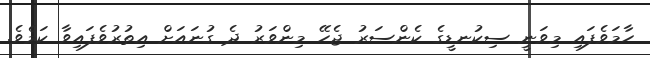
ހާމަވެފައި މިވަނީ ސިކުނޑީގެ ކެންސަރު ޖެހޭ މިންވަރު ދެ ގުނައަށް އިތުރުވެފައިވާ ކަމެވެ.